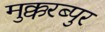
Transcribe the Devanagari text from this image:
मुक्करब्पुर